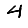
Digit: 4